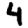
Digit: 4